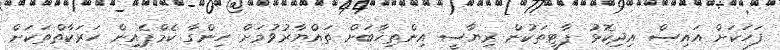
ފަހަކަށް އައިސް އިދިކޮޅު ޕާޓީތަކުން ރިޔާސީ އިންތިޚާބަށް ތައްޔާރުވުމަށް ހިންގާ ކެމްޕެއިން ހަރަކާތްތަކަށް